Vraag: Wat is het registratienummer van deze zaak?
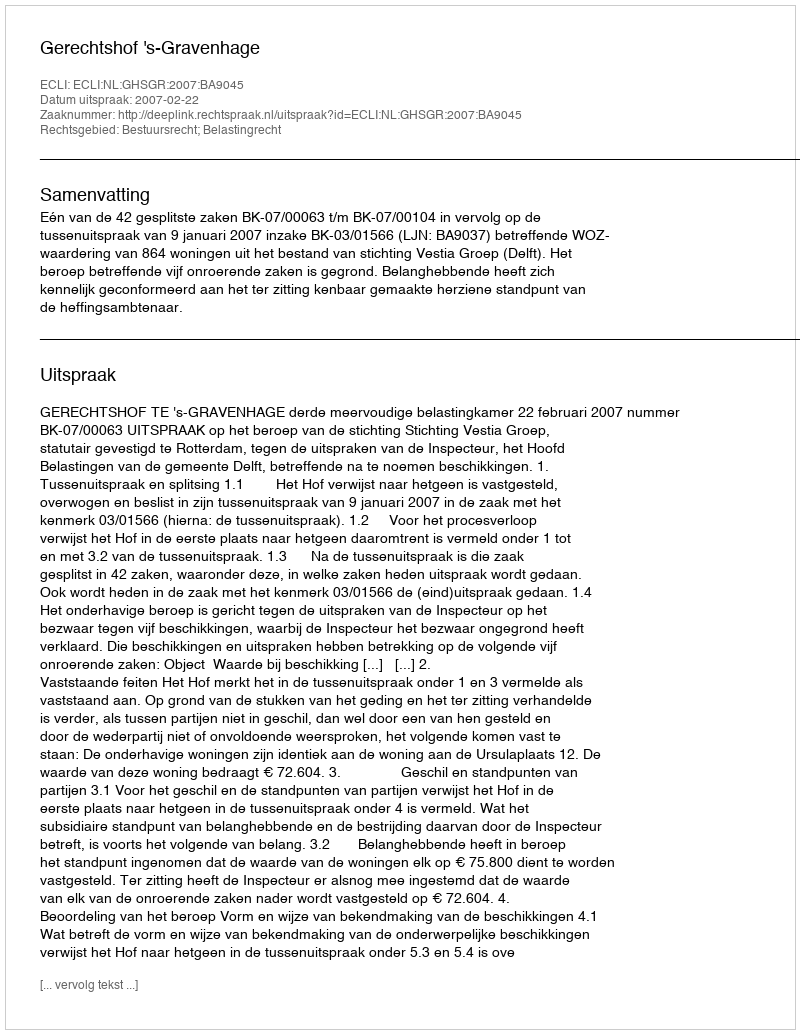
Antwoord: http://deeplink.rechtspraak.nl/uitspraak?id=ECLI:NL:GHSGR:2007:BA9045